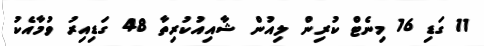
11 ގަޑި 16 މިނެޓް ކުރިން ލިއުން ޝާއިއުކުރިތާ 48 ގަޑިއިރު ވުމާއެކު